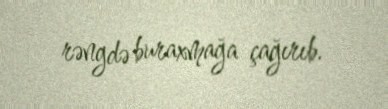
rəngdə buraxmağa çağırıb.